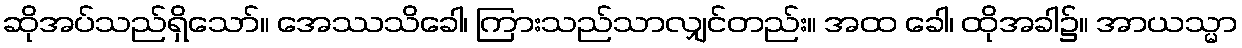
ဆိုအပ်သည်ရှိသော်။ အေဿသိခေါ၊ ကြားသည်သာလျှင်တည်း။ အထ ခေါ၊ ထိုအခါ၌။ အာယသ္မာ